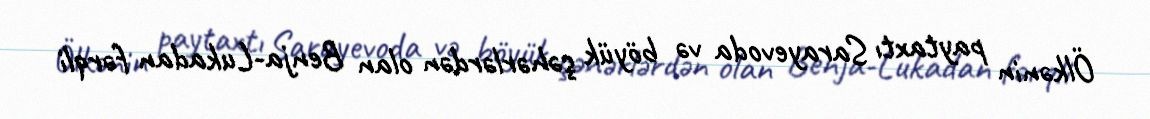
Ölkənin paytaxtı Sarayevoda və böyük şəhərlərdən olan Benja-Lukadan fərqli